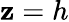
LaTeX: \mathbf{z}=h